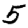
Digit: 5